Civil Veterinary Department. Central Provinces & Berar 1925-31 - 1925-1931
Year: 1925
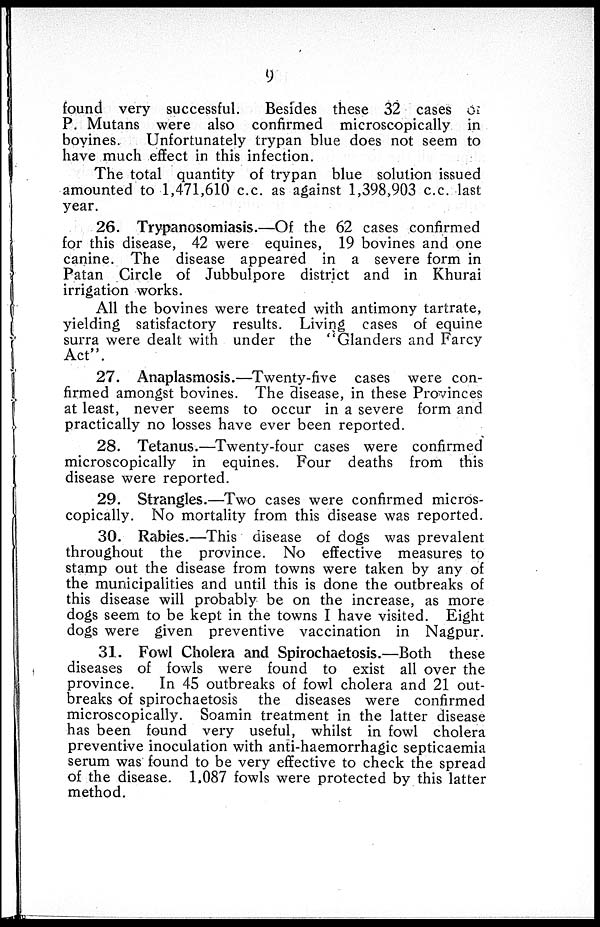
9
found very successful.
Besides these 32 cases of
P. Mutans were also confirmed microscopically in
bovines.
Unfortunately trypan blue does not seem to
have much effect in this infection.
The total quantity of trypan blue solution issued
amounted to 1,471,610 c.c. as against 1,398,903 c.c. last
year.
26. Trypanosomiasis.—Of the 62 cases confirmed
for this disease, 42 were equines, 19 bovines and one
canine. The disease appeared in a severe form in
Patan Circle of Jubbulpore district and in Khurai
irrigation works.
All the bovines were treated with antimony tartrate,
yielding satisfactory results. Living cases of equine
surra were dealt with under the "Glanders and Farcy
Act".
27. Anaplasmosis.—Twenty-five cases were con-
firmed amongst bovines. The disease, in these Provinces
at least, never seems to occur in a severe form and
practically no losses have ever been reported.
28. Tetanus.—Twenty-four cases were confirmed
microscopically in equines. Four deaths from this
disease were reported.
29. Strangles.—Two cases were confirmed micros-
copically. No mortality from this disease was reported.
30. Rabies.—This disease of dogs was prevalent
throughout the province. No effective measures to
stamp out the disease from towns were taken by any of
the municipalities and until this is done the outbreaks of
this disease will probably be on the increase, as more
dogs seem to be kept in the towns I have visited. Eight
dogs were given preventive vaccination in Nagpur.
31. Fowl Cholera and Spirochaetosis.—Both these
diseases of fowls were found to exist all over the
province.
In 45 outbreaks of fowl cholera and 21 out-
breaks of spirochaetosis the diseases were confirmed
microscopically. Soamin treatment in the latter disease
has been found very useful, whilst in fowl cholera
preventive inoculation with anti-haemorrhagic septicaemia
serum was found to be very effective to check the spread
of the disease. 1,087 fowls were protected by this latter
method.